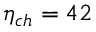
\eta _ { c h } = 4 2